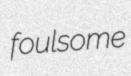
foulsome